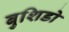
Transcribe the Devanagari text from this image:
बुशिडो